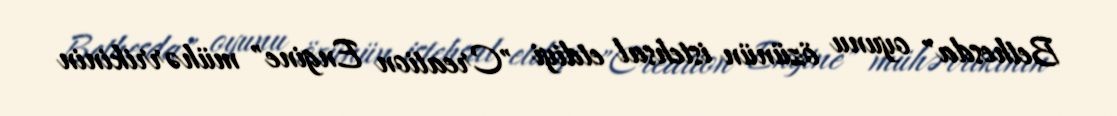
Bethesda" oyunu özünün istehsal etdiyi "Creation Engine" mühərrikinin